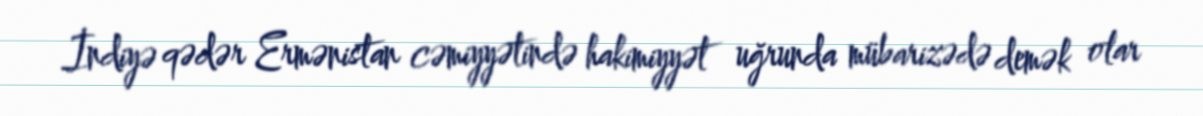
İndiyə qədər Ermənistan cəmiyyətində hakimiyyət uğrunda mübarizədə demək olar